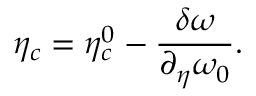
\eta _ { c } = \eta _ { c } ^ { 0 } - \frac { \delta \omega } { \partial _ { \eta } \omega _ { 0 } } .